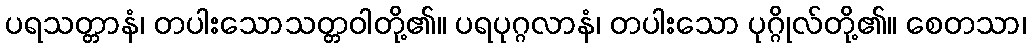
ပရသတ္တာနံ၊ တပါးသောသတ္တဝါတို့၏။ ပရပုဂ္ဂလာနံ၊ တပါးသော ပုဂ္ဂိုလ်တို့၏။ စေတသာ၊